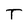
Character: T